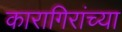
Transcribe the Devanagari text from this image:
कारागिरांच्या